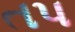
તપ